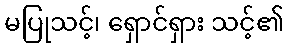
မပြုသင့်၊ ရှောင်ရှား သင့်၏